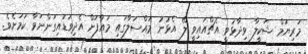
މަރިޔަމް ޝަކީލާ ވިދާޅުވީ އެޗްއައިވީ ލޭ އެޅުނު މައްސަލާގައި މައާފަށް އެދިވަޑައިގަންނަވާ ކަމަށެވެ.